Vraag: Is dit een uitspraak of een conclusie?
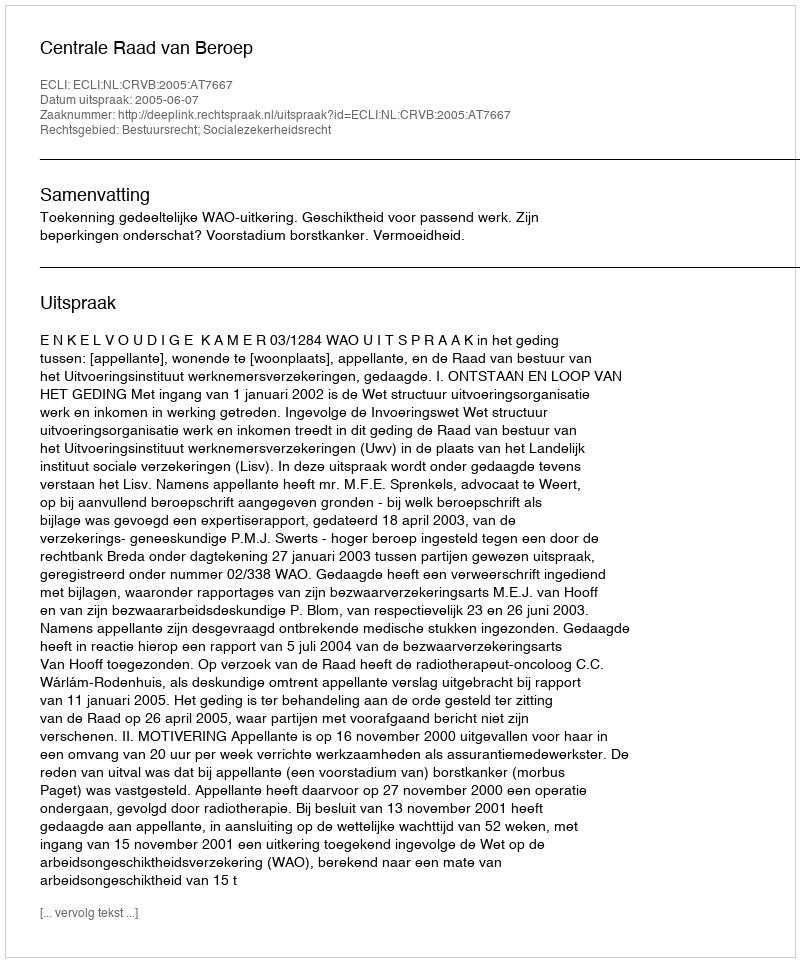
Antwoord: Uitspraak